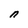
Character: n